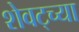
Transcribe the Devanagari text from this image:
शेवट्च्या